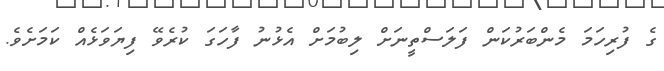
ގެ ފުރިހަމަ މެންބަރުކަން ފަލަސްތީނަށް ލިބުމަށް އެޅުނު ފާހަގަ ކުރެވޭ ފިޔަވަޅެއް ކަމަށެވެ.